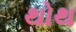
થોથ